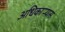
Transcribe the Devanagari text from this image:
अधिकार्‍यास